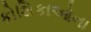
કોશિકાઓના